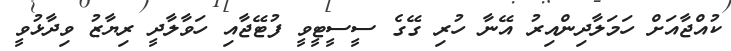
ކުއްޖާއަށް ހަމަލާދިންއިރު އޭނާ ހުރި ގޭގެ ސީސީޓީވީ ފުޓޭޖާއި ހަވާލާދީ ރިޔާޒު ވިދާޅުވީ